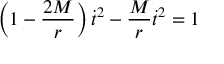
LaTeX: \left( 1 - { \frac { 2 M } { r } } \right) { \dot { t } } ^ { 2 } - { \frac { M } { r } } { \dot { t } } ^ { 2 } = 1